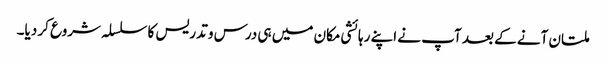
ملتان آنے کے بعد آپ نے اپنے رہائشی مکان میں ہی درس و تدریس کا سلسلہ شروع کر دیا۔